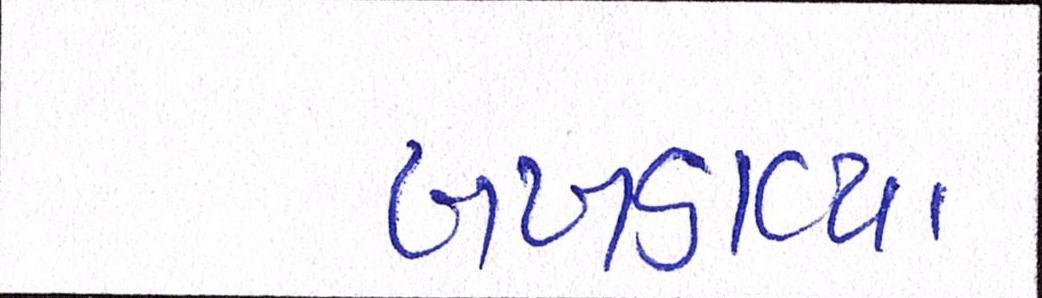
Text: ખખડાવ્યા